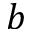
b